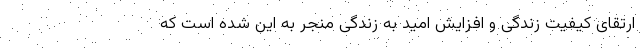
ارتقای کیفیت زندگی و افزایش امید به زندگی منجر به این شده است که